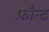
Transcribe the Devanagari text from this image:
फ़ाँन्ट